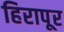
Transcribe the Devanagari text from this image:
हिरापूर